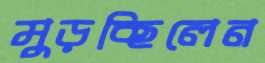
মুড়চ্ছিলেন